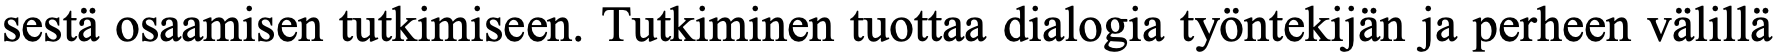
sestä osaamisen tutkimiseen. Tutkiminen tuottaa dialogia työntekijän ja perheen välillä